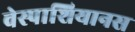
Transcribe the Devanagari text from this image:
वेस्पाशियानस